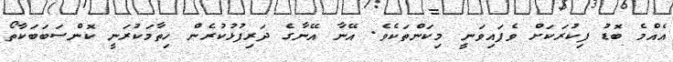
އެއްމެ ބޮޑު ފިކުރަކަށް ވެފައިވަނީ މިކަންތަކެވެ. އޭނާ އޭނާގެ ދަރިފުޅުކުރެން ހިތާމަކުރަނީ ކޮންސަބަބަކާތޯ